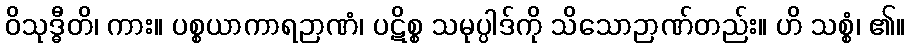
ဝိသုဒ္ဓီတိ၊ ကား။ ပစ္စယာကာရဉာဏံ၊ ပဋိစ္စ သမုပ္ပါဒ်ကို သိသောဉာဏ်တည်း။ ဟိ သစ္စံ၊ ၏။